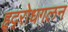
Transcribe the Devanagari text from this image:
हृद्‌रोधगलन